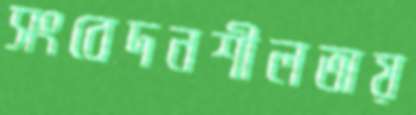
সংবেদনশীলতায়